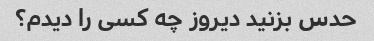
حدس بزنید دیروز چه کسی را دیدم؟